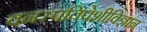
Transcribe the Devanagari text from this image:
वनस्पतिपेशीविज्ञान